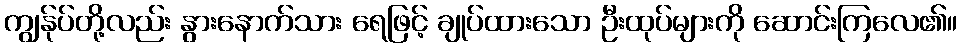
ကျွန်ုပ်တို့လည်း နွားနောက်သား ရေဖြင့် ချုပ်ထားသော ဦးထုပ်များကို ဆောင်းကြလေ၏။